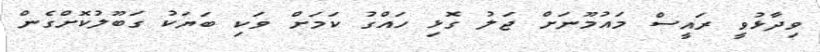
ވިދާޅުވީ ރައީސް މައުމޫނަށް ޖަލު ގޮޅި ހައްގު ކަމަށް ވަކި ބަޔަކު ގަބޫލުކޮށްގެން